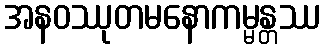
အနဝဿုတမနောကမ္မန္တဿ